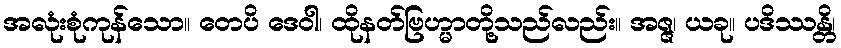
အလုံးစုံကုန်သော။ တေပိ ဒေဝါ၊ ထိုနတ်ဗြဟ္မာတို့သည်လည်း။ အဇ္ဇ၊ ယခု။ ပဒိဿန္တိ၊